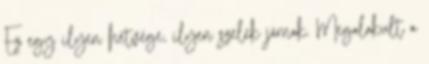
Ez egy ilyen hétvége, ilyen szelek járnak. Megalakult a